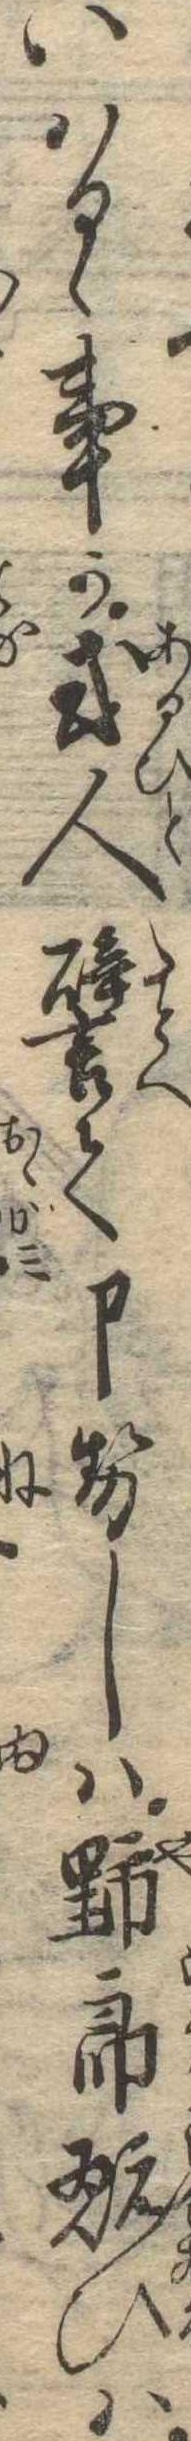
いはるゝ事か或人譬て申せしは野郎翫ひは